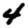
Digit: 4